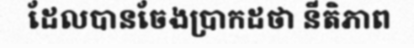
ដែលបានចែងប្រាកដថា នីតិភាព